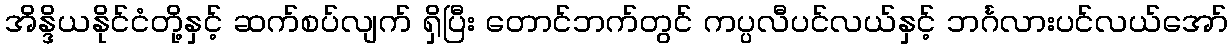
အိန္ဒိယနိုင်ငံတို့နှင့် ဆက်စပ်လျက် ရှိပြီး တောင်ဘက်တွင် ကပ္ပလီပင်လယ်နှင့် ဘင်္ဂလားပင်လယ်အော်